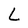
Character: L